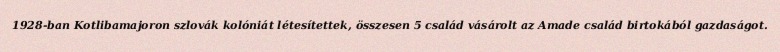
1928-ban Kotlibamajoron szlovák kolóniát létesítettek, összesen 5 család vásárolt az Amade család birtokából gazdaságot.